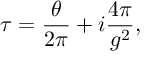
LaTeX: \tau = \frac { \theta } { 2 \pi } + i \frac { 4 \pi } { g ^ { 2 } } ,